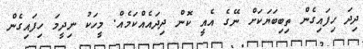
ދިދަ ހިފައިގެން ތިބިބަޔަކަށް ނޭގެ އެއީ ކޮން ދިިދައެއްކަމެއް. މީހަކު ނިދީމަ ހިފައިގެން